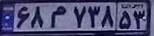
۶۸م۷۳۸۵۳